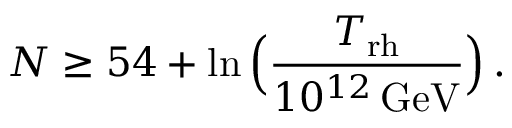
N \geq 5 4 + \ln \Big ( { \frac { T _ { \mathrm { r h } } } { 1 0 ^ { 1 2 } \, \mathrm { G e V } } } \Big ) \, .